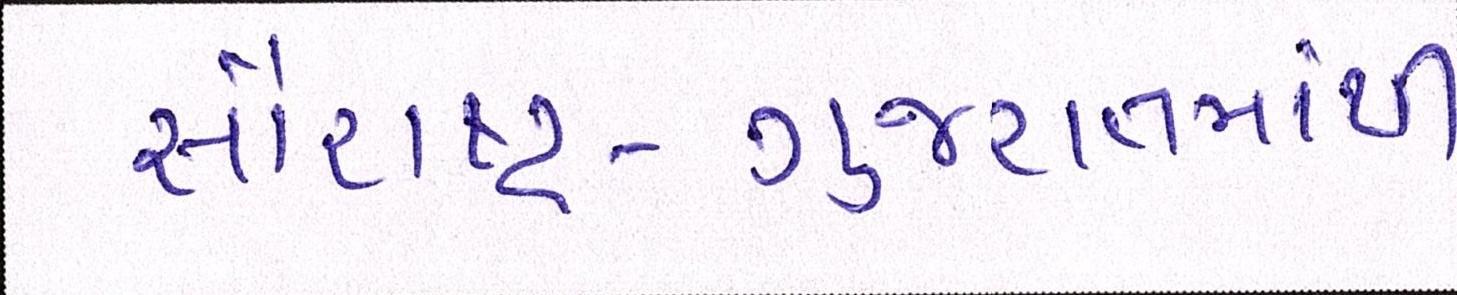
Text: સૌરાષ્ટ્ર-ગુજરાતમાંથી